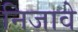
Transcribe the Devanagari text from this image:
निजावे